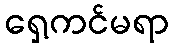
ရှေ့ကင်မရာ